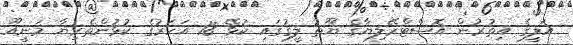
އަލީގެ އިތުރުން އޮސްޓްރޭލިޔާގެ ޔޫތު ލީގުގައި ކުޅޭ 18 އަހަރުގެ ކުޅުންތެރިޔާ މަނީއޫ